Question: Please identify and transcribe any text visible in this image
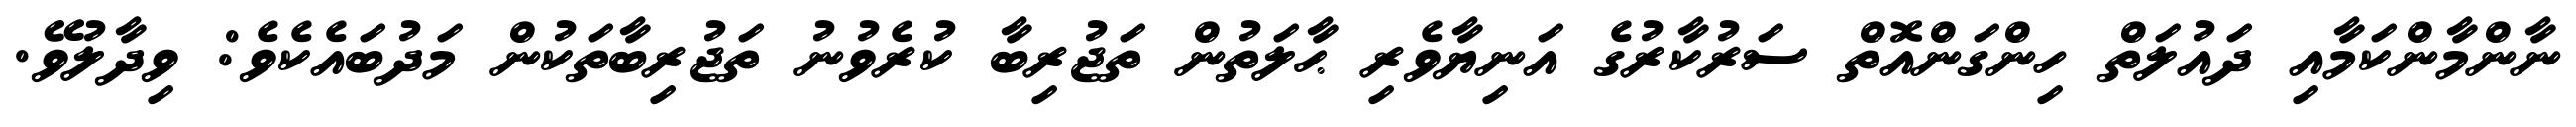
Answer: ނާންމާންކަމާއި ދައުލަތް ހިންގަންއޮތް ސަރުކާރުގެ އަނިޔާވެރި ޙާލަތުން ތަޖުރިބާ ކުރެވުނު ތަޖުރިބާތަކުން މަދުބައެކެވެ: ވިދާލުވޭ.